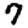
Digit: 7